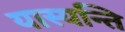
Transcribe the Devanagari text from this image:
यास्यन्ति